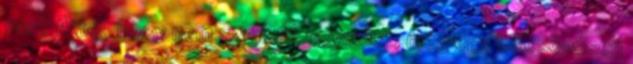
van? Attól, hogy nem szeretik egymást, még egy kölcsönösen